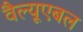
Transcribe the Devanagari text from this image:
वैल्यूएबल